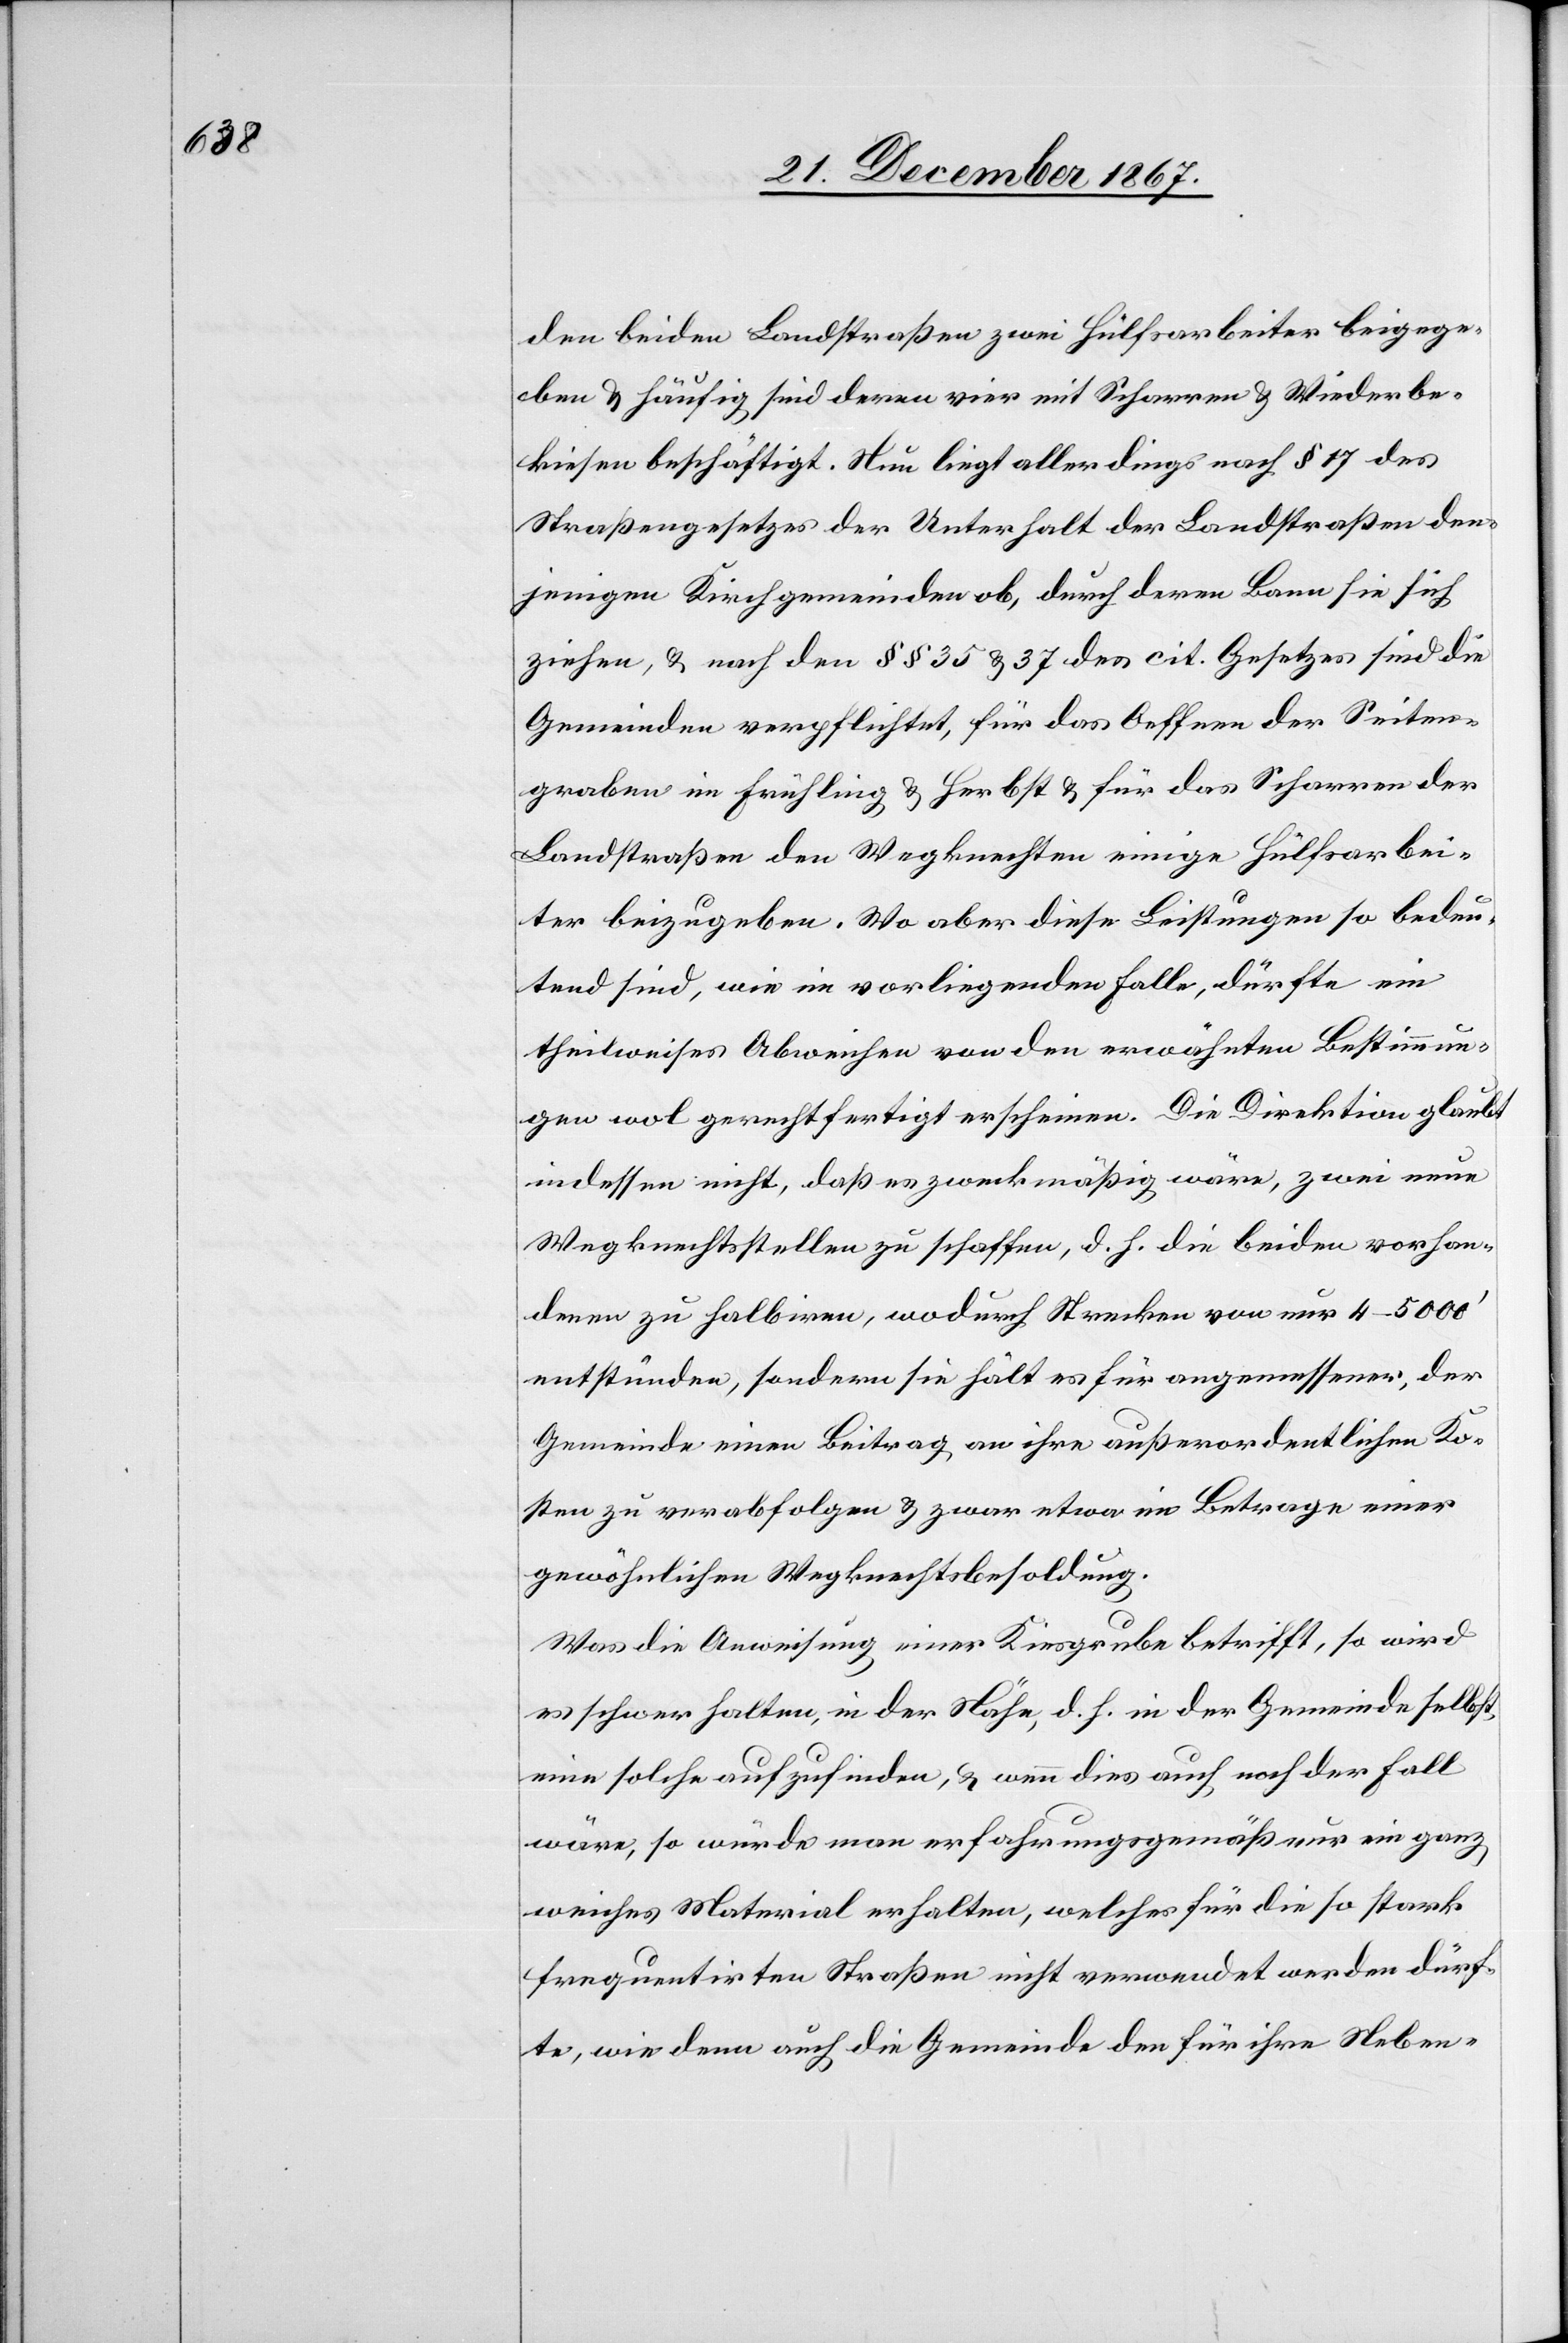
den beiden Landstraßen zwei Hülfsarbeiter beigege¬
ben u. häufig sind deren vier mit Scharren u. Wiederbe¬
kiesen beschäftigt. Nun liegt allerdings nach § 17 des
Straßengesetzes der Unterhalt der Landstraßen den¬
jenigen Kirchgemeinden ob, durch deren Bann sie sich
ziehen, u. nach den §§ 35 u. 37 des cit. Gesetzes sind die
Gemeinde verpflichtet, für das Oeffnen der Seiten¬
graben im Frühling u. Herbst u. für das Scharren der
Landstraßen den Wegknechten einige Hülfsarbei¬
ter beizugeben. Wo aber diese Leistungen so bedeu¬
tend sind, wie im vorliegenden Falle, dürfte ein
theilweises Abweichen von den erwähnten Bestimmun¬
gen wol gerechtfertigt erscheinen. Die Direktion glaubt
indessen nicht, daß es zweckmäßig wäre, zwei neue
Wegknechtsstellen zu schaffen, d. h. die beiden vorhan¬
denen zu halbieren, wodurch Strecken von nur 4–5000‘
entstünden, sondern sie hält es für angemessener, der
Gemeinde einen Beitrag an ihre außerordentlichen Ko¬
sten zu verabfolgen u. zwar etwa im Betrag einer
gewöhnlichen Wegknechtsbesoldung.
Was die Anweisung einer Kiesgrube betrifft, so wird
es schwer halten, in der Nähe, d. h. in der Gemeinde selbst,
eine solche aufzufinden, u. wenn dies auch noch der Fall
wäre, so würde man erfahrungsgemäß nur ein ganz
weiches Material erhalten, welches für die so stark
frequentirten Straßen nicht verwendet werden dürf¬
te, wie denn auch die Gemeinde den für ihre Neben-